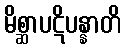
မိစ္ဆာပဋိပန္နာတိ